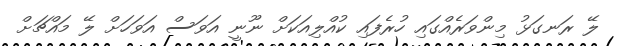
ލޭ ރަނގަޅު މިންވަރެއްގައި ހުރެފައި ކުއްލިއަކަށް ނޫނީ އަވަސް އަވަހަށް ލޭ މައްޗަށް